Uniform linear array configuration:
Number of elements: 32
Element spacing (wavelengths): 0.5
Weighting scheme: kaiser
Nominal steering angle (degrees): -60
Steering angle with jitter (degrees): -59.125
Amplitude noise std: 0.05
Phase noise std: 0.05

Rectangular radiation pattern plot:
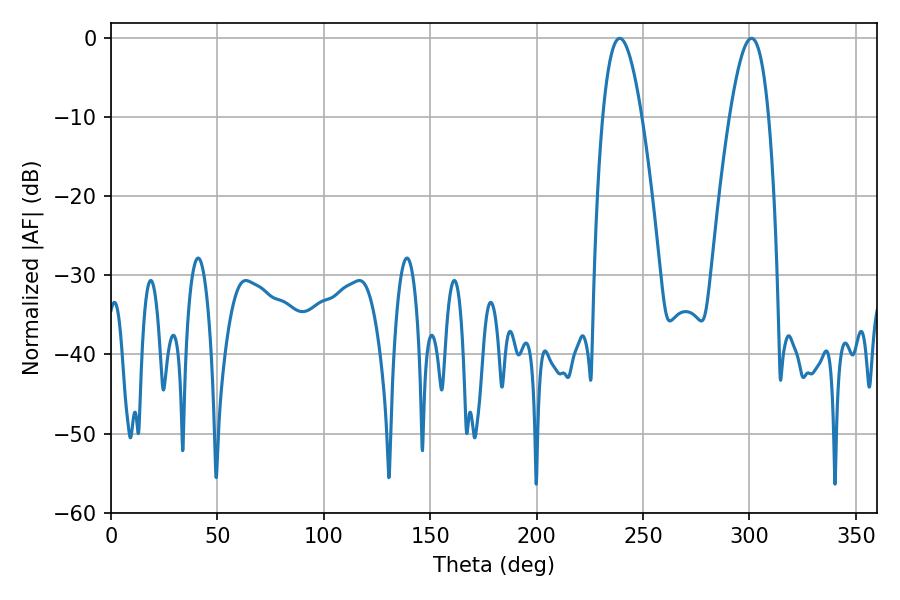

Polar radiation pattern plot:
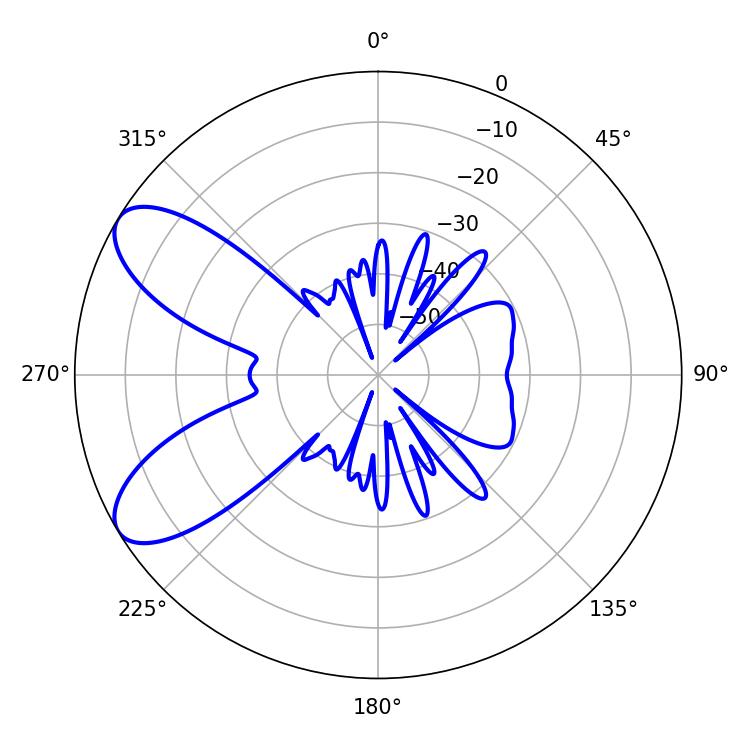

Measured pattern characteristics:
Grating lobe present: FALSE
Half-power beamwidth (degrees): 10.08
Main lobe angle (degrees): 239.04